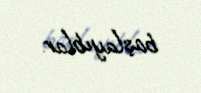
başlayıblar.